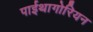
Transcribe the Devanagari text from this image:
पाईथागोरियन